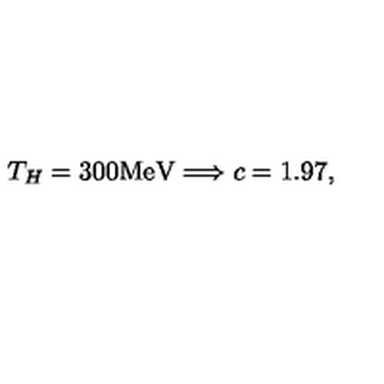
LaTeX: T _ { H } = 3 0 0 \mathrm { M e V } \Longrightarrow c = 1 . 9 7 ,